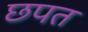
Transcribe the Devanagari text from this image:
छपत